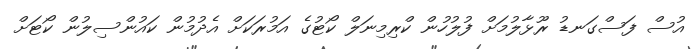
އުސް ފަސްގަނޑު ރޫޅާލުމަށް ފުލުހުން ކްރިމިނަލް ކޯޓުގެ އަމުރަކަށް އެދުމުން ކައުންސިލުން ކޯޓަށް